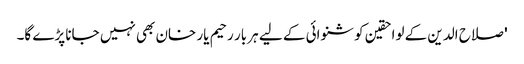
' صلاح الدین کے لواحقین کو شنوائی کے لیے ہر بار رحیم یار خان بھی نہیں جانا پڑے گا۔